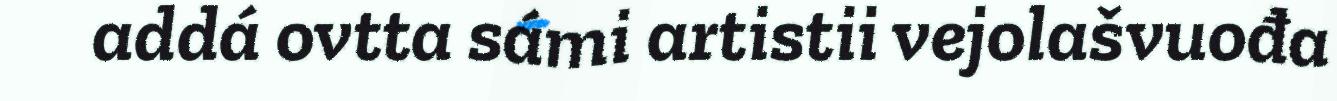
addá ovtta sámi artistii vejolašvuođa